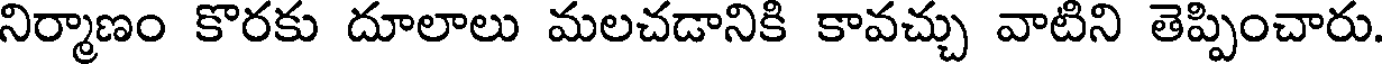
నిర్మాణం కొరకు దూలాలు మలచడానికి కావచ్చు వాటిని తెప్పించారు